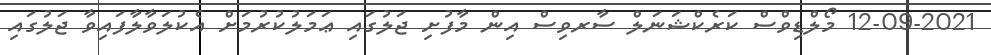
12-09-2021 މޯލްޑިވްސް ކަރެކްޝަނަލް ސާރވިސް އިން މާފުށި ޖަލުގައި ޢަމަލުކުރުމަށް އެކުލަވާލާފައިވާ ޖަލުގައި